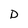
Character: D